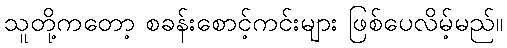
သူတို့ကတော့ စခန်းစောင့်ကင်းများ ဖြစ်ပေလိမ့်မည်။